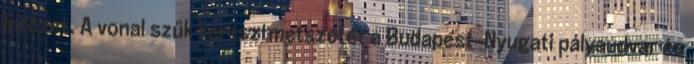
Intézet. A vonal szűk keresztmetszetét a Budapest-Nyugati pályaudvar és